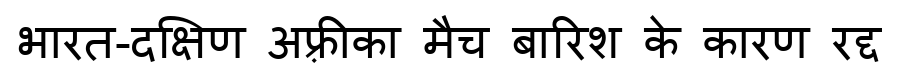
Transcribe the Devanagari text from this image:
भारत-दक्षिण अफ़्रीका मैच बारिश के कारण रद्द